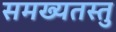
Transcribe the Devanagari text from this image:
समख्यतस्तु